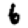
Digit: 6